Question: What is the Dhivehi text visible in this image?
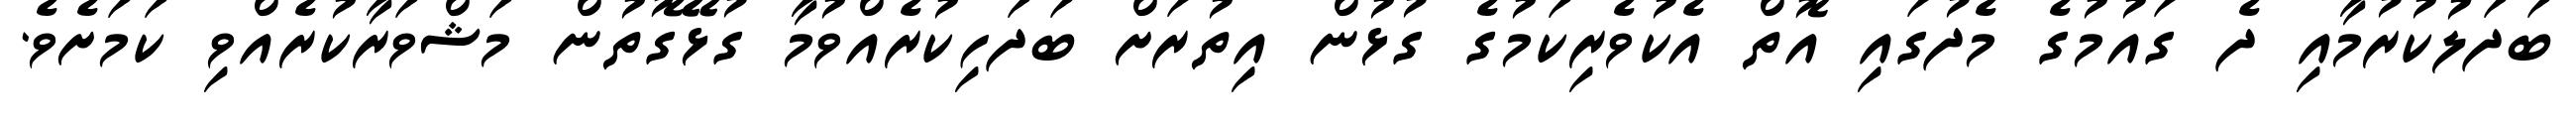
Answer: ބަދަލުކުރުމާއި ދެ ގައުމުގެ މެދުގައި އޮތް އެކުވެރިކަމުގެ ގުޅުން އިތުރަށް ބަދަހިކުރެއްވުމާ ގުޅޭގޮތުން މަޝްވަރާކުރެއްވި ކަމަށެވެ.